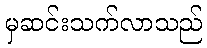
မှဆင်းသက်လာသည်